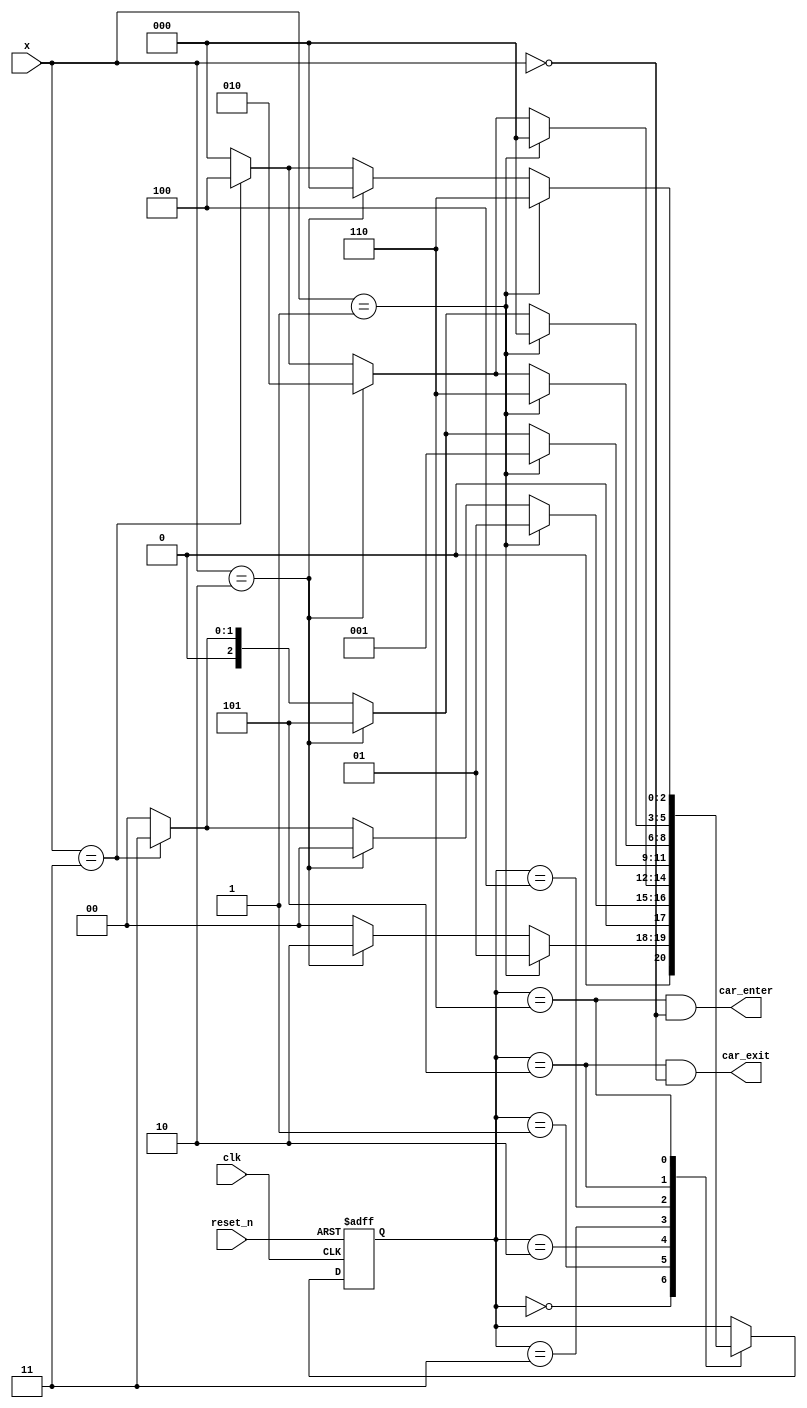
module parking_lot_fsm(
    input clk,
    input reset_n,
    input [1:0]x,
    output car_enter,
    output car_exit
    );
    reg [2:0] state_reg, state_next;
    localparam s0 = 0;
    localparam s1 = 1;
    localparam s2 = 2;
    localparam s3 = 3;
    localparam s4 = 4;
    localparam s5 = 5;
    localparam s6 = 6;
    
    always @(posedge clk, negedge reset_n)
    begin
        if(~reset_n)
            state_reg <= 0;
        else
            state_reg <= state_next;
    end
    
    always @(*)
    begin
        case(state_reg)
            s0: if(x == 2'b01)
                    state_next = s1;
                else if(x == 2'b10)
                    state_next = s2;
                else if(x == 2'b11)
                    state_next = s0;
                else
                    state_next = s0;
            s1: if(x == 2'b01)
                    state_next = s1;
                else if(x == 2'b10)
                    state_next = s0;
                else if(x == 2'b11)
                    state_next = s3;
                else
                    state_next = s0;
            s2: if(x == 2'b01)
                    state_next = s0;
                else if(x == 2'b10)
                    state_next = s2;
                else if(x == 2'b11)
                    state_next = s4;
                else
                    state_next = s0;
            s3: if(x == 2'b01)
                    state_next = s1;
                else if(x == 2'b10)
                    state_next = s5;
                else if(x == 2'b11)
                    state_next = s3;
                else
                    state_next = s0;
            s4: if(x == 2'b01)
                    state_next = s6;
                else if(x == 2'b10)
                    state_next = s2;
                else if(x == 2'b11)
                    state_next = 4;
                else
                    state_next = s0;
            s5: if(x == 2'b01)
                    state_next = s0;
                else if(x == 2'b10)
                    state_next = s5;
                else if(x == 2'b11)
                    state_next = 3;
                else
                    state_next = s0;
            s6: if(x == 2'b01)
                    state_next = s6;
                else if(x == 2'b10)
                    state_next = s0;
                else if(x == 2'b11)
                    state_next = s4;
                else
                    state_next = s0;
            default: state_next = state_reg;
        endcase
    end
    
    assign car_enter = (state_reg == s6 & x == 2'b00);
    assign car_exit = (state_reg == s5 & x == 2'b00);
endmodule